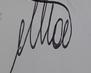
Signature authenticity: genuine